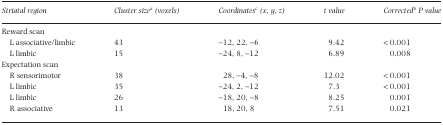
| Striatal region | Cluster sizea (voxels) | Coordinatesc (x, y, z) | t value | Correctedb P value |
 | --- | --- | --- | --- | --- |
 | Reward scan |  |  |  |  |
 | L associative/limbic | 43 | −12, 22, −6 | 9.42 | < 0.001 |
 | L limbic | 15 | −24, 8, −12 | 6.89 | 0.008 |
 | Expectation scan |  |  |  |  |
 | R sensorimotor | 38 | 28, −4, −8 | 12.02 | < 0.001 |
 | L limbic | 35 | −24, 2, −12 | 7.3 | < 0.001 |
 | L limbic | 26 | −18, 20, −8 | 8.25 | 0.001 |
 | R associative | 13 | 18, 20, 8 | 7.51 | 0.021 |